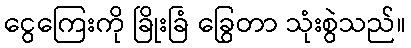
ငွေကြေးကို ခြိုးခြံ ခြွေတာ သုံးစွဲသည်။